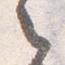
之